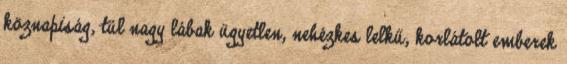
köznapiság, túl nagy lábak ügyetlen, nehézkes lelkű, korlátolt emberek